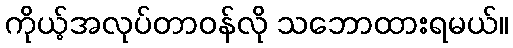
ကိုယ့်အလုပ်တာဝန်လို သဘောထားရမယ်။